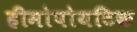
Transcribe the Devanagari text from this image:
हीमोपोयटिक